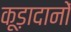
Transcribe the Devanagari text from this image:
कूड़ादानों